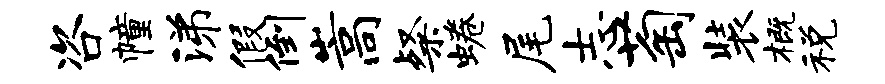
咨幢涕假倒嵩粲蜷尾志萄装概税